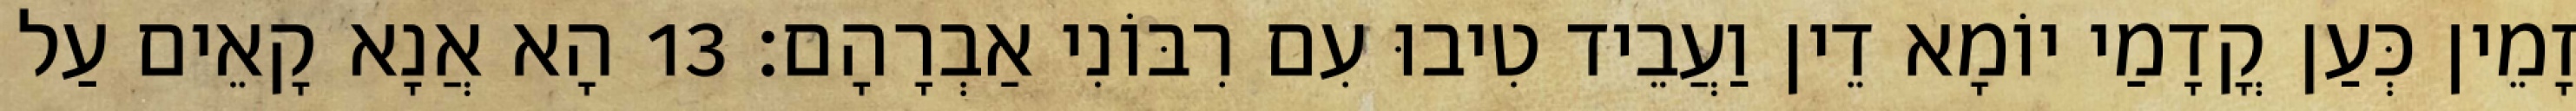
זָמֵין כְּעַן קֳדָמַי יוֹמָא דֵין וַעֲבֵיד טִיבוּ עִם רִבּוֹנִי אַבְרָהָם׃ 13 הָא אֲנָא קָאֵים עַל